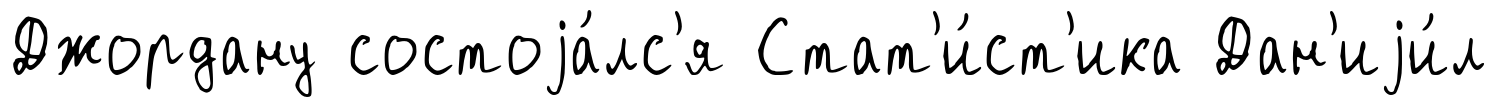
Джордану состоjа́лс'я Стат'и́ст'ика Дан'иjи́л